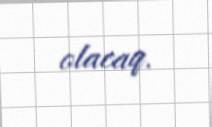
olacaq.